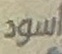
اسود